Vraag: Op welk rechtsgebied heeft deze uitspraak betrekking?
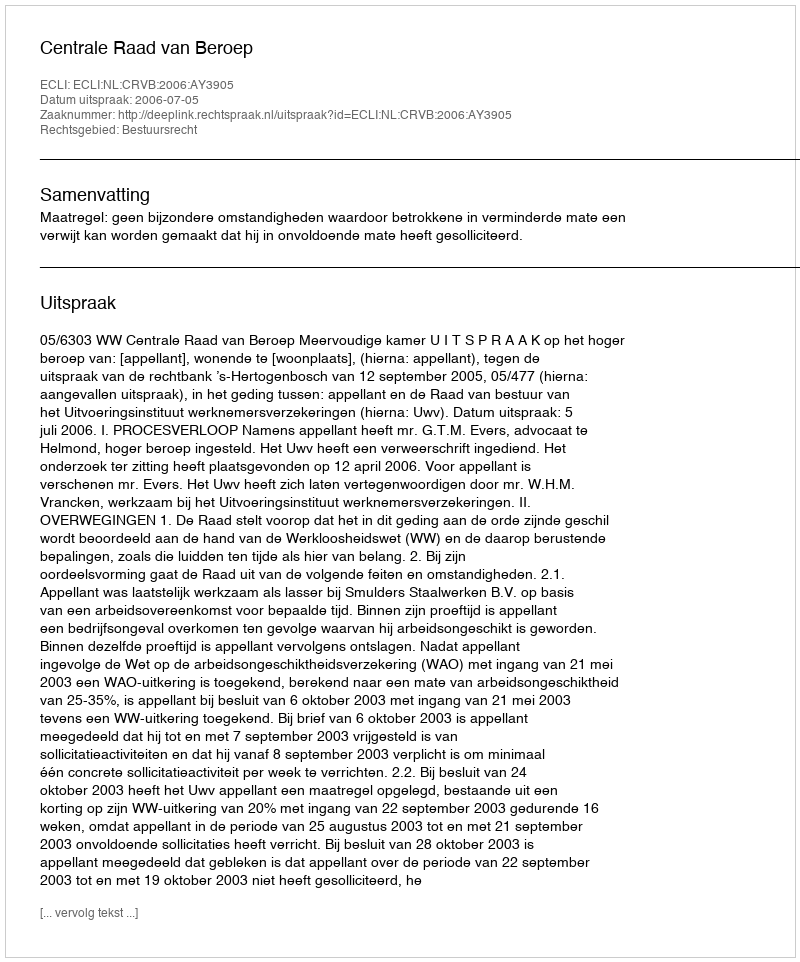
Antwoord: Bestuursrecht